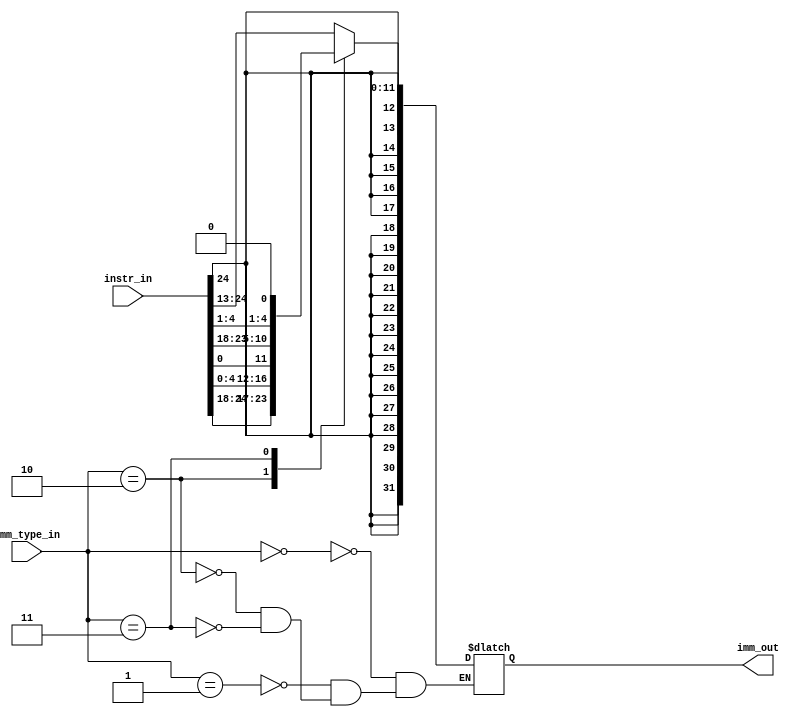
module msrv32_img (input [31:7 ] instr_in,
input [2:0] imm_type_in,
output reg [31:0] imm_out);


wire [31:0] i_type,s_type,b_type,u_type,j_type,csr_type;
assign i_type={{20{instr_in[31]}},instr_in[31:20]};
assign s_type={{20{instr_in[31]}},instr_in[31:25],instr_in[11:7]};
assign b_type={{20{instr_in[31]}},instr_in[7],instr_in[30:25],instr_in[11:8],1'b0};
assign u_type={instr_in[31:12],12'h0};
assign j_type={{12{instr_in[31]}},instr_in[19:12],instr_in[20],instr_in[30:21],1'b0};
assign csr_type={27'b0,instr_in[19:15]};
always @(imm_type_in) begin
case (imm_type_in)
2'b000:imm_out=i_type;
2'b001:imm_out=i_type;
2'b010:imm_out=s_type;
2'b011:imm_out=b_type;
2'b100:imm_out=u_type;
2'b101:imm_out=j_type;
2'b110:imm_out=csr_type;
2'b111:imm_out=i_type;
endcase
end
endmodule